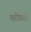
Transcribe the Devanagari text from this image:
खरीगदने